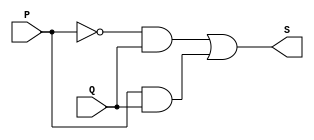
module PoS (output S, input P, Q); // MAPTERMQS
// M 5 6 7
assign S = (~P & Q)|(P & Q);
endmodule // PoS

module a4;
reg P, Q;
wire S;
// instancias
PoS POS1(S, P, Q);
// valores iniciais
initial begin: start
P=1'bx; Q=1'bx;// Qndefinidos
end
// parte principal
initial begin: main
// identificacao
$display("Produto da Soma");
// monitoramento
$display(" P  Q  PoS( 1, 2, 3, 7 ) ");
$monitor("%2b %2b =  %2b", P, Q, S);
// sinalizacao
#1 P=0; Q=0;
#1 P=0; Q=1;
#1 P=1; Q=0;
#1 P=1; Q=1;

end
endmodule // test_module